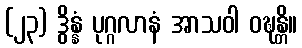
(၂၃) ဒွိန္နံ ပုဂ္ဂလာနံ အာသဝါ ဝဍ္ဎန္တိ။